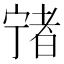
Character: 𡪄